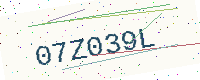
Text: 07Z039L